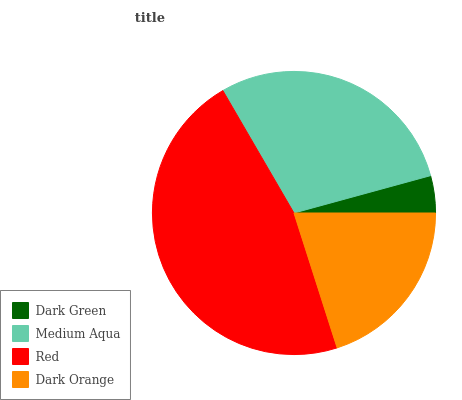
| Dark Green | Medium Aqua | Red | Dark Orange |
 | --- | --- | --- | --- |
 | 4.25% | 29.2% | 46.5% | 20.1% |